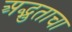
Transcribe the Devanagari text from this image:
अद्भुताचा